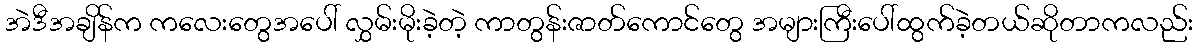
အဲဒီအချိန်က ကလေးတွေအပေါ် လွှမ်းမိုးခဲ့တဲ့ ကာတွန်းဇာတ်ကောင်တွေ အများကြီးပေါ်ထွက်ခဲ့တယ်ဆိုတာကလည်း